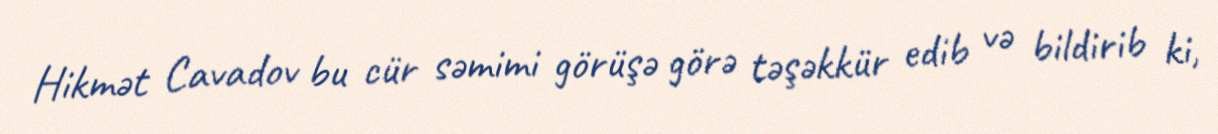
Hikmət Cavadov bu cür səmimi görüşə görə təşəkkür edib və bildirib ki,